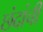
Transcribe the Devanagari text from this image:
छंदांची